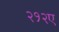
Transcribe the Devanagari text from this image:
२१२ए